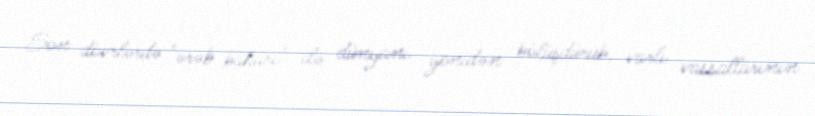
Son dövrlərdə "ərəb baharı" ilə dünyanı yenidən bölüşdürüb, varlı vassallarının